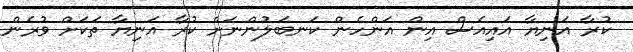
ކުރާ އަނިޔާ އައިއެސް އިން އަންހެން ކަނބަލުންނަށް ކުރާ އަނިޔާ ތަކަށް ވުރެން